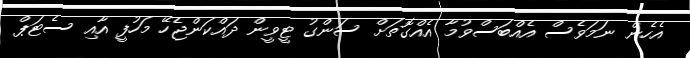
އެހެން ނަމަވެސް އެއްބަސްވުމާ އެއްގޮތަށް ސަންގު ޓީވީން ދައްކަންޖެހޭ މަހުފީ އާއި ސެޓަޕް